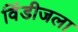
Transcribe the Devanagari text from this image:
विंडीजला